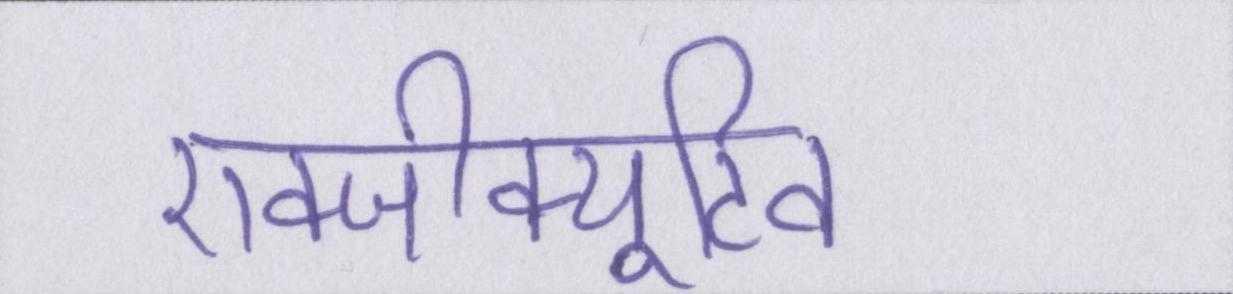
एक्जीक्यूटिव